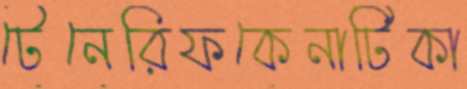
টেনেরিফকেনাটিকা